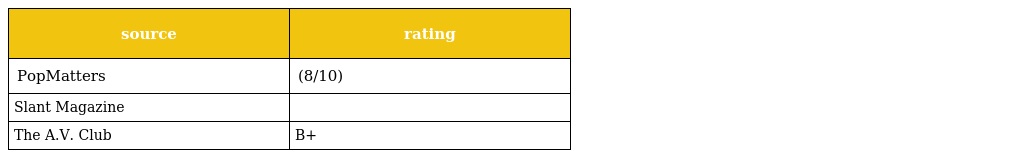
| source | rating |
 | --- | --- |
 | PopMatters | (8/10) |
 | Slant Magazine |  |
 | The A.V. Club | B+ |